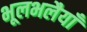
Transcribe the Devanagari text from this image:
भूलभलैयाँ